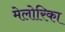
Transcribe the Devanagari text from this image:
मेलोरिका